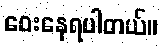
ဝေးနေရပါတယ်။